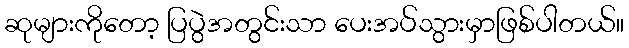
ဆုများကိုတော့ ပြပွဲအတွင်းသာ ပေးအပ်သွားမှာဖြစ်ပါတယ်။